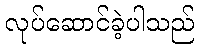
လုပ်ဆောင်ခဲ့ပါသည်